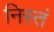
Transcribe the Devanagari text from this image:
निस्तं